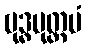
ဗုဒ္ဓမုတ္တမံ